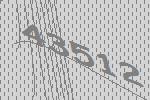
43512